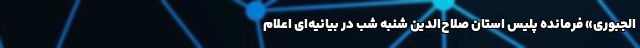
الجبوری» فرمانده پلیس استان صلاح‌الدین شنبه شب در بیانیه‌ای اعلام